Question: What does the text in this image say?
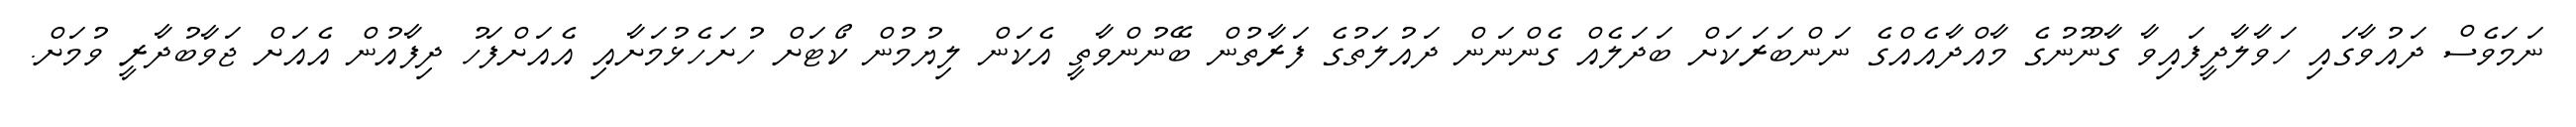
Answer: ނަމަވެސް ދައުވާގައި ހަވާލާދީފައިވާ ގާނޫނުގެ މާއްދާއެއްގެ ނަންބަރަކަށް ބަދަލެއް ގެންނަން ދައުލަތުގެ ފަރާތުން ބޭނުންވާތީ އެކަން ލިޔުމުން ކޯޓަށް ހުށަހެޅުމަށާއި އެއަށްފަހު ދިފާއުން އެއަށް ޖަވާބުދާރީ ވުމަށް.